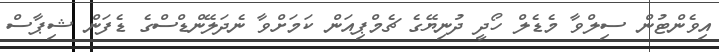
އިވެންޓުުން ސިލްވާ މެޑެލް ހޯދީ ދުނިޔޭގެ ޗެމްޕިއަން ކަމަށްވާ ނެދަލޭންޑްސްގެ ޑެފަން ޝިޕާސް